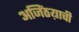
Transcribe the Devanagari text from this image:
अजिंठय़ाची